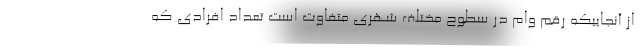
از آنجاییکه رقم وام در سطوح مختلف شهری متفاوت است تعداد افرادی که